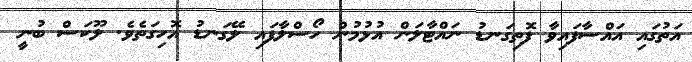
އަތުގައި އައްސާފައިވާ ފޮތިގަނޑު ނައްޓާލަން އުޅުމުން ހޯސްލާފައި ލޭގަނޑު އޮހިގަތެވެ. ލޫކަސް ބުނީ